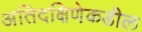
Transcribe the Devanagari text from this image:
अतिदक्षिणेकडील